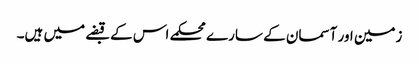
زمین اور آسمان کے سارے محکمے اس کے قبضے میں ہیں۔